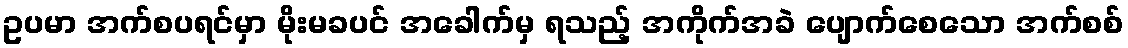
ဥပမာ အက်စပရင်မှာ မိုးမခပင် အခေါက်မှ ရသည့် အကိုက်အခဲ ပျောက်စေသော အက်စစ်